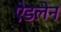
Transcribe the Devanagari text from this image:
ऐडलेन